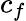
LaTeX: c_{f}